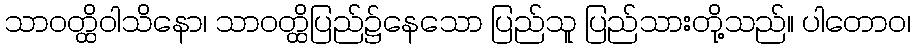
သာဝတ္ထိဝါသိနော၊ သာဝတ္ထိပြည်၌နေသော ပြည်သူ ပြည်သားတို့သည်။ ပါတောဝ၊